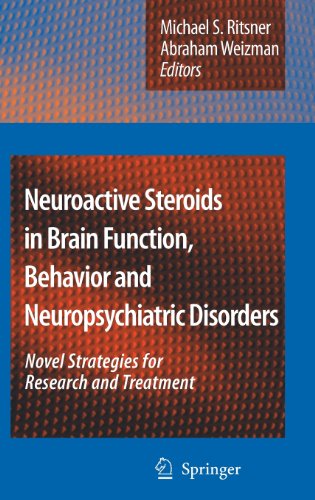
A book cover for Neuroactive Steroids in Brain Function, Behavior and Neuropsychiatric Disorders: Novel Strategies for Research and Treatment; Medical Books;